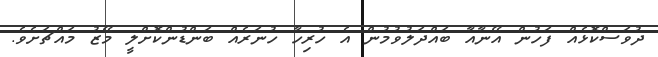
ދުވަސްކޮޅެއް ފަހުން އޭނާއާ ބައްދަލުވުމުން އެ ހުރިހާ ހުނަރެއް ބަންޑުންކޮށްލީ މޭޒު މައްޗަށެވެ.